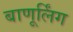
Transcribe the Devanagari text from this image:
बाणूर्लिंग